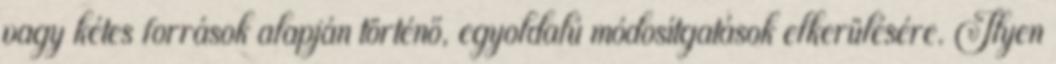
vagy kétes források alapján történő, egyoldalú módosítgatások elkerülésére. Ilyen